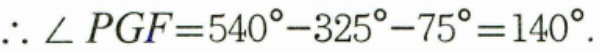
$\therefore \angle PGF = 540^{\circ}-325^{\circ}-75^{\circ}=140^{\circ}$.